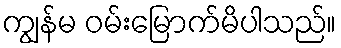
ကျွန်မ ဝမ်းမြောက်မိပါသည်။